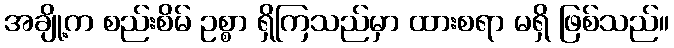
အချို့က စည်းစိမ် ဥစ္စာ ရှိကြသည်မှာ ထားစရာ မရှိ ဖြစ်သည်။